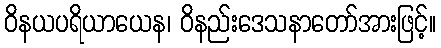
ဝိနယပရိယာယေန၊ ဝိနည်းဒေသနာတော်အားဖြင့်။